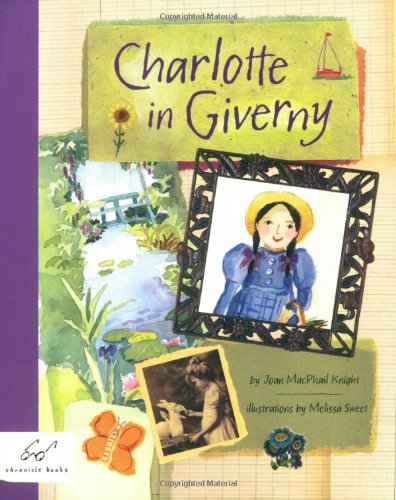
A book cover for Charlotte in Giverny; Joan MacPhail Knight; Children's Books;